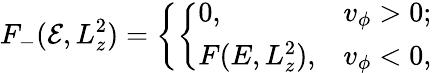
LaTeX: F_{-}(\mathcal{E},L_{z}^{2})=\left\{ \left\{ \begin{array}{ll}{{0,}}&{{v_{\phi}>0;}}\\ {{F(E,L_{z}^{2}),}}&{{v_{\phi}<0,}}\end{array}\right.\right.